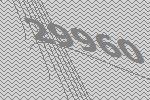
29960